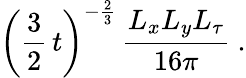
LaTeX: \left(\frac{3}{2}\, t\right)^{-{\frac{2}{3}}}\, \frac{L_{x}L_{y}L_{\tau}}{16\pi}\ .